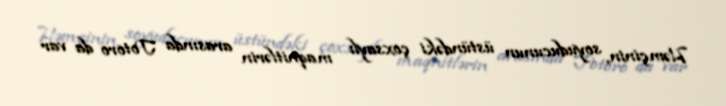
Həmçinin, soyuducunun üstündəki çoxsaylı maqnitlərin arasında Totoro da var